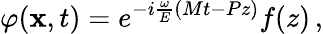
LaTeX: \varphi(\mathbf{x},t)=e^{-i\frac{\omega}{E}(Mt-Pz)}f(z)\, ,